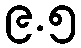
၉.၅